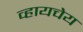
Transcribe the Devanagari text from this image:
व्हायचेय